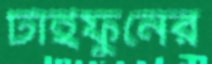
টাইফুনের